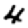
Digit: 4